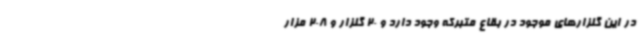
در این گلزارهای موجود در بقاع متبرکه وجود دارد و 20 گلزار و 208 مزار